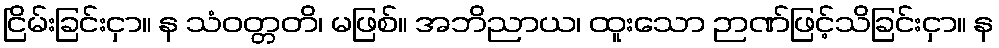
ငြိမ်းခြင်းငှာ။ န သံဝတ္တတိ၊ မဖြစ်။ အဘိညာယ၊ ထူးသော ဉာဏ်ဖြင့်သိခြင်းငှာ။ န